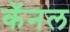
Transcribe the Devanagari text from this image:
कॅनल